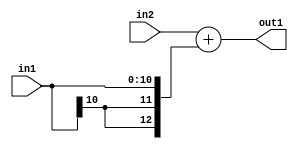
`timescale 1ps / 1ps
/*****************************************************************************
    Verilog RTL Description
    
    
    Created by: Stratus DpOpt 2019.1.01 
*******************************************************************************/

module SobelFilter_Add_12Ux11S_13S_4 (
	in2,
	in1,
	out1
	); /* architecture "behavioural" */ 
input [11:0] in2;
input [10:0] in1;
output [12:0] out1;
wire [12:0] asc001;

assign asc001 = 
	+(in2)
	+({{2{in1[10]}}, in1});

assign out1 = asc001;
endmodule

/* CADENCE  ubPzQw0= : u9/ySgnWtBlWxVPRXgAZ4Og= ** DO NOT EDIT THIS LINE ******/